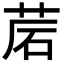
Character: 𦯰